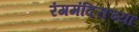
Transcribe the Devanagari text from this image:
रंगमंदिराच्या